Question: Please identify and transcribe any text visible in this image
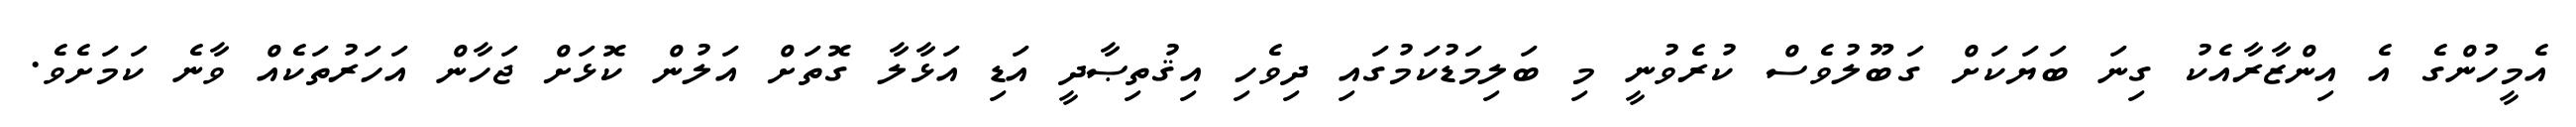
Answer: އެމީހުންގެ އެ އިންޒާރާއެކު ގިނަ ބަޔަކަށް ގަބޫލުވެސް ކުރެވުނީ މި ބަލިމަޑުކަމުގައި ދިވެހި އިޤުތިޞާދީ އަޑި އަޅާލާ ގޮތަށް އަލުން ކޮޅަށް ޖަހާން އަހަރުތަކެއް ވާނެ ކަމަށެވެ.